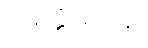
မေတ္တိယာယ